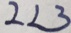
2 < 3